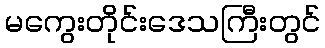
မကွေးတိုင်းဒေသကြီးတွင်